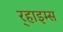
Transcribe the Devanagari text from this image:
र्‍हाइम्स